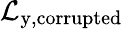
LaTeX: \mathcal{L}_{\mathrm{y,corrupted}}